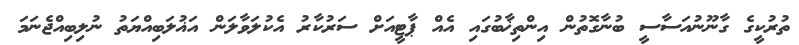
ތުރުކީގެ ގާނޫނުއަސާސީ ބުނާގޮތުން އިންތިޚާބުގައި އެއް ޕާޓީއަށް ސަރުކާރު އެކުލަވާލަން އަޣުލަބިއްޔަތު ނުލިބިއްޖެނަމަ